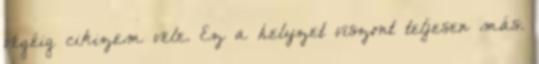
végéig cikizem vele. Ez a helyzet viszont teljesen más.